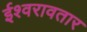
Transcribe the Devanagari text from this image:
ईश्वरावतार